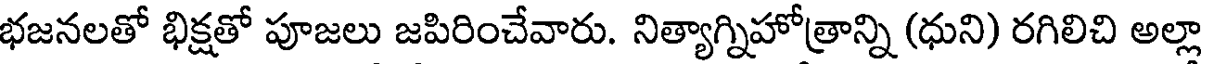
భజనలతో భిక్షతో పూజలు జపిరించేవారు. నిత్యాగ్నిహోత్రాన్ని (ధుని) రగిలిచి అల్లా